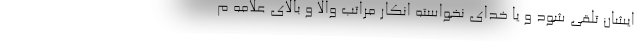
ایشان تلقی شود و یا خدای نخواسته انکار مراتب والا و بالای علامه م